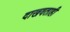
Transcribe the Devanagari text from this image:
दाखवताही